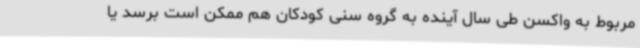
مربوط به واکسن طی سال آینده به گروه سنی کودکان هم ممکن است برسد یا